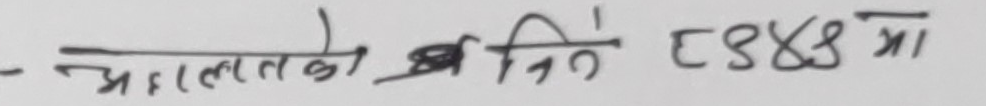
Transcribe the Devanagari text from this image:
अदालतको प्रति १८४४ मा